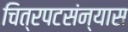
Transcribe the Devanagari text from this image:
चित्रपटसंन्यास